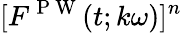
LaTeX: [F^{\mathrm{~P~W~}}(t;k\omega)]^{n}